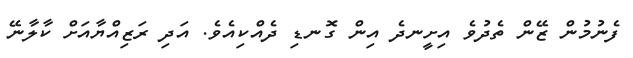
ފެނުމުން ޒޭން ތެދުވެ އިށީނދެ އިން ގޮނޑި ދެއްކިއެވެ. އަދި ރަޒިއްޔާއަށް ކާލާނޭ